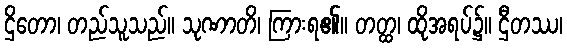
ဌိတော၊ တည်သူသည်။ သုဏာတိ၊ ကြားရ၏။ တတ္ထ၊ ထိုအရပ်၌။ ဌီတဿ၊